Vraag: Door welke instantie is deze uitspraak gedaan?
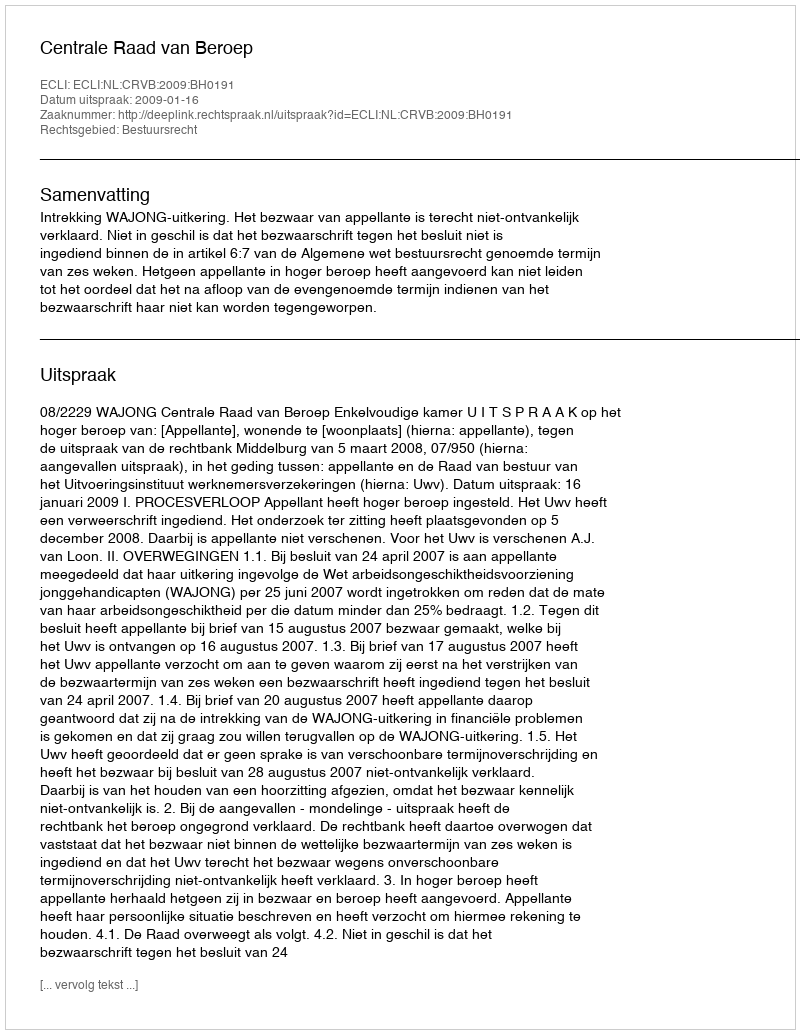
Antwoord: Centrale Raad van Beroep